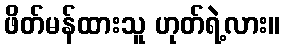
ဖိတ်မန်ထားသူ ဟုတ်ရဲ့လား။